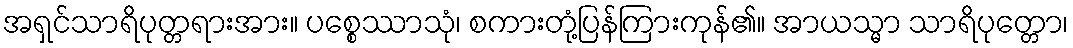
အရှင်သာရိပုတ္တရားအား။ ပစ္စေဿာသုံ၊ စကားတုံ့ပြန်ကြားကုန်၏။ အာယသ္မာ သာရိပုတ္တော၊